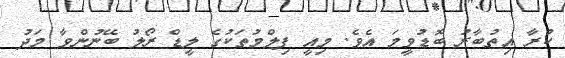
ކުރާ އިތުބާރު ބޮޑުވީމަ އެވެ. މިއީ ފިލްމުތަކުގެ ލީޑް ރޯލު ބޭނުންވާ މަދު